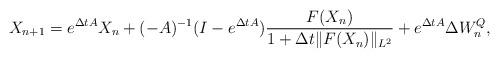
LaTeX: \begin{align*}X_{n+1}=e^{\Delta tA}X_{n}+(-A)^{-1}(I-e^{\Delta tA})\frac{F(X_n)}{1+\Delta t\|F(X_n)\|_{L^2}}+e^{\Delta tA}\Delta W_n^Q,\end{align*}